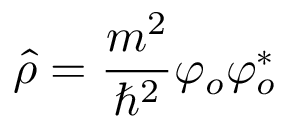
\hat { \rho } = \frac { m ^ { 2 } } { \hbar ^ { 2 } } \varphi _ { o } \varphi _ { o } ^ { * }